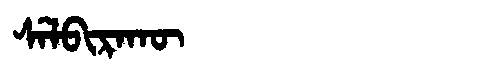
Manchu: ᠰᡝᠯᠪᡳᡵᠠᡴᡡ
Romanization: SELBIRAKŪ